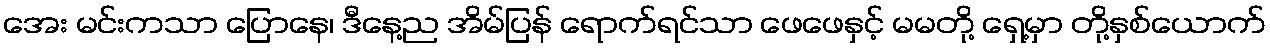
အေး မင်းကသာ ပြောနေ၊ ဒီနေ့ည အိမ်ပြန် ရောက်ရင်သာ ဖေဖေနှင့် မမတို့ ရှေ့မှာ တို့နှစ်ယောက်